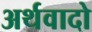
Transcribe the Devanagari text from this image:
अर्थवादो